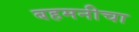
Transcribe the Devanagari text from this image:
बहमनीचा